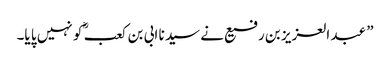
” عبد العزیز بن رفیع نے سید نا ابی بن کعب ؓ کو نہیں پا یا۔